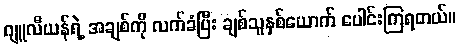
ဂျူလီယန်ရဲ့ အချစ်ကို လက်ခံပြီး ချစ်သူနှစ်ယောက် ပေါင်းကြရတယ်။